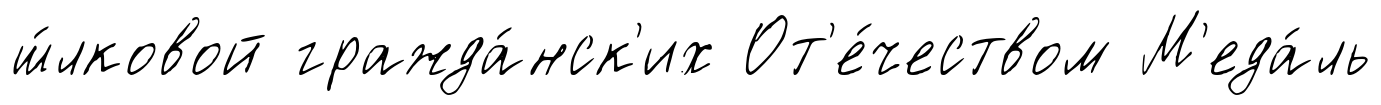
ш́лковой гражда́нск'их От'е́чеством М'еда́ль